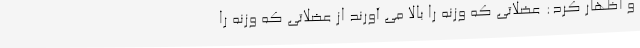
و اظهار کرد: عضلاتی که وزنه را بالا می آورند از عضلاتی که وزنه را